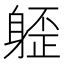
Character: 𰹁